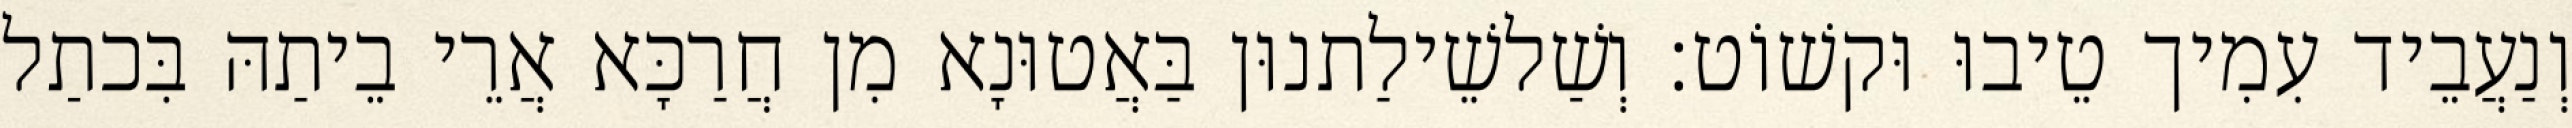
וְנַעֲבֵיד עִמִיך טֵיבוּ וּקשׁוֹט׃ וְשַׁלשֵׁילַתנוּן בַּאֲטוּנָא מִן חֲרַכָּא אֲרֵי בֵיתַהּ בִּכתַל